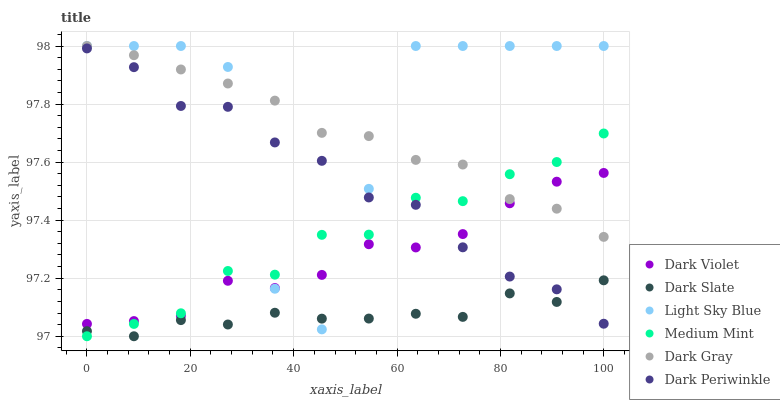
| xaxis_label | Dark Violet | Dark Slate | Light Sky Blue | Medium Mint | Dark Gray | Dark Periwinkle |
 | --- | --- | --- | --- | --- | --- | --- |
 | 0 | 97 | 97 | 98 | 97 | 98 | 98 |
 | 9.09 | 97.1 | 97 | 98 | 97 | 98 | 97.9 |
 | 18.2 | 97.1 | 97.1 | 98 | 97.1 | 97.9 | 97.8 |
 | 27.3 | 97.2 | 97 | 97.9 | 97.2 | 97.9 | 97.8 |
 | 36.4 | 97.2 | 97.1 | 97.2 | 97.2 | 97.8 | 97.7 |
 | 45.5 | 97.2 | 97.1 | 97 | 97.3 | 97.7 | 97.6 |
 | 54.5 | 97.3 | 97.1 | 97.5 | 97.4 | 97.7 | 97.5 |
 | 63.6 | 97.3 | 97.1 | 98 | 97.5 | 97.6 | 97.5 |
 | 72.7 | 97.4 | 97.1 | 98 | 97.5 | 97.6 | 97.3 |
 | 81.8 | 97.5 | 97.1 | 98 | 97.6 | 97.5 | 97.2 |
 | 90.9 | 97.5 | 97.1 | 98 | 97.6 | 97.4 | 97.2 |
 | 100 | 97.6 | 97.2 | 98 | 97.7 | 97.3 | 97 |